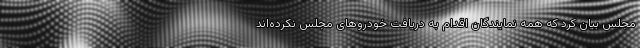
مجلس بیان کرد که همه نمایندگان اقدام به دریافت خودروهای مجلس نکرده‌اند